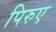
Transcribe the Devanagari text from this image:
पिरुए